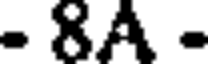
- 8A -